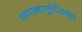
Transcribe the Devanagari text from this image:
प्लाज्माट्रोनिक्स